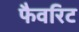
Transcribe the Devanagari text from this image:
फैवरिट